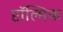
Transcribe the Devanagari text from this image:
प्टॉल्मिक